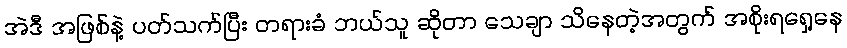
အဲဒီ အဖြစ်နဲ့ ပတ်သက်ပြီး တရားခံ ဘယ်သူ ဆိုတာ သေချာ သိနေတဲ့အတွက် အစိုးရရှေ့နေ